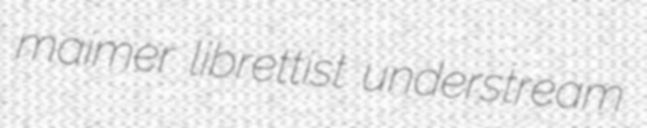
maimer librettist understream